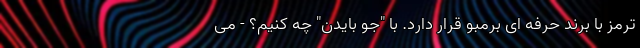
ترمز با برند حرفه ای برمبو قرار دارد. با "جو بایدن" چه کنیم؟ - می